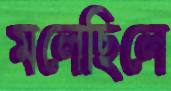
মলেছিলে